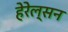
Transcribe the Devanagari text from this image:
हेरेल्सन